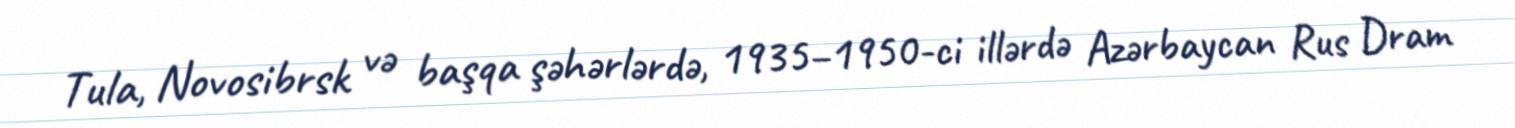
Tula, Novosibrsk və başqa şəhərlərdə, 1935–1950-ci illərdə Azərbaycan Rus Dram